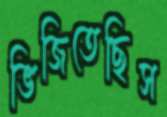
ভিজিতেছিস